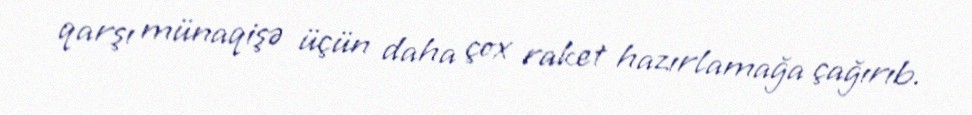
qarşı münaqişə üçün daha çox raket hazırlamağa çağırıb.